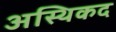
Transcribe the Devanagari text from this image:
अस्थिकद